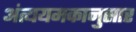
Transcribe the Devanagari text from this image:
अंत्ययमकानुसार